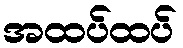
အထပ်ထပ်